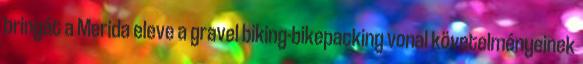
bringát a Merida eleve a gravel biking-bikepacking vonal követelményeinek